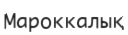
Мароккалық